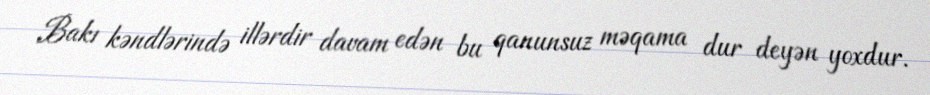
Bakı kəndlərində illərdir davam edən bu qanunsuz məqama dur deyən yoxdur.